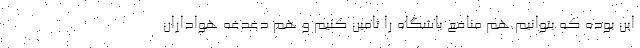
این بوده که بتوانیم هم منافع باشگاه را تامین کنیم و هم دغدغه هواداران